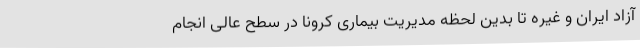
آزاد ایران و غیره تا بدین لحظه مدیریت بیماری کرونا در سطح عالی انجام